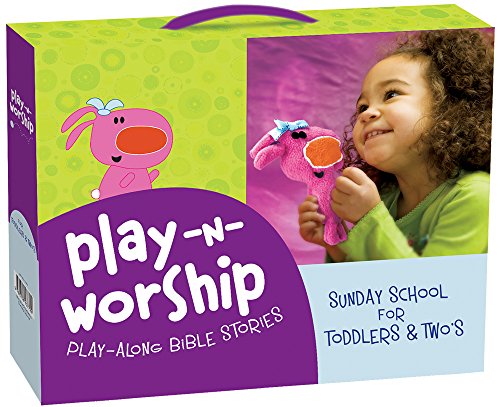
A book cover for Play-n-Worship: Play-Along Bible Stories for Toddlers & Twos; Group Publishing; Christian Books & Bibles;